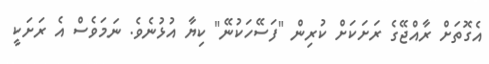
އެގޮތަށް ރާއްޖޭގެ ރަށަކަށް ކުރިން "ފަސޭހަކުނޭ" ކިޔާ އުޅުނެވެ. ނަމަވެސް އެ ރަށަކީ